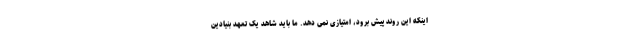
اینکه این روند پیش برود، امتیازی نمی دهد. ما باید شاهد یک تعهد بنیادین